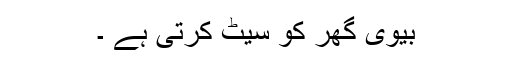
بیوی گھر کو سیٹ کرتی ہے ۔